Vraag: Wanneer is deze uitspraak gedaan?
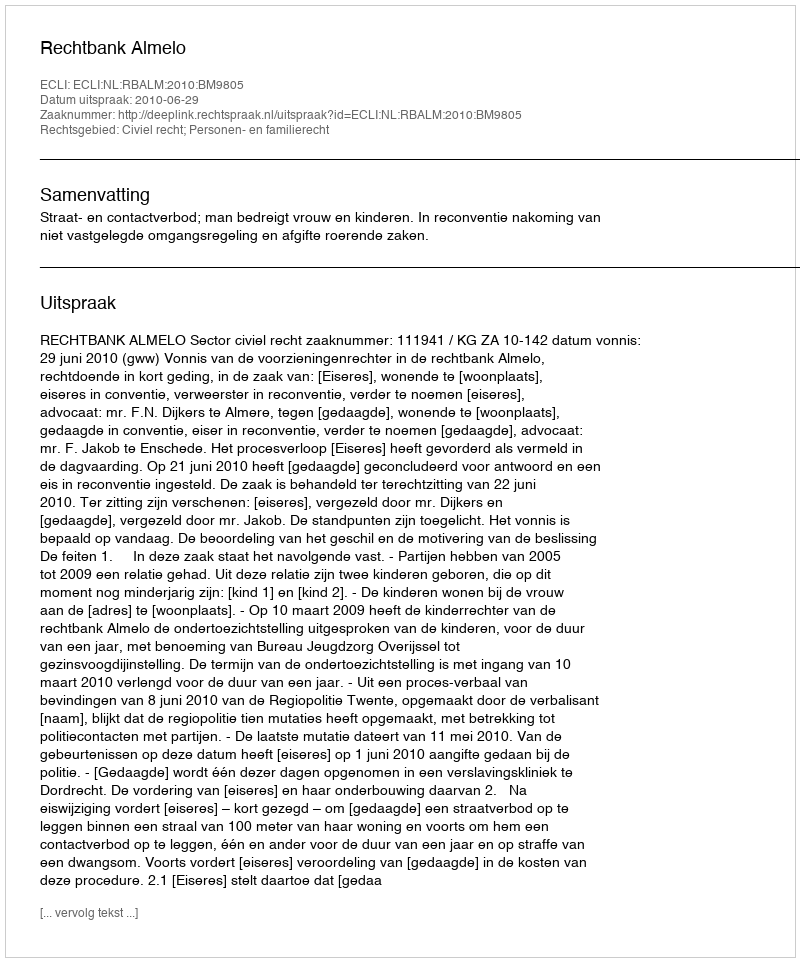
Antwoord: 2010-06-29